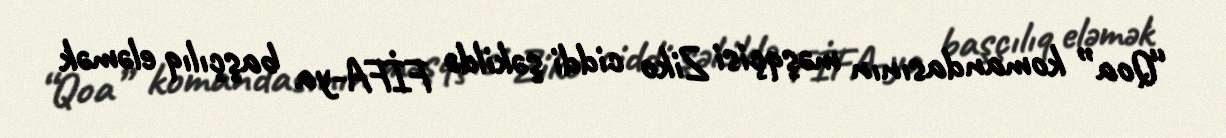
“Qoa” komandasının məşqçisi Ziko ciddi şəkildə FİFA-ya başçılıq eləmək